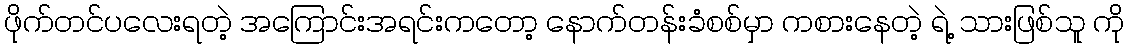
ဖိုက်တင်ပလေးရတဲ့ အကြောင်းအရင်းကတော့ နောက်တန်းခံစစ်မှာ ကစားနေတဲ့ ရဲ့ သားဖြစ်သူ ကို